system: You are a helpful assistant.
user:
Analyze the provided spectrum to determine if it is a **White Dwarf (WD)**.

A White Dwarf spectrum is defined by its **extreme purity** (due to gravitational settling) and/or **extreme pressure broadening** (due to high surface gravity). You must check for one of the following mutually exclusive signatures:

- **Key Visual Indicators (Check for ONE of these types):**

    - **1. DA-Type Signature (Most Common):**
        - **(Primary Feature):** Extreme pressure broadening (Stark broadening) of the **Hydrogen (H) Balmer lines**.
        - **(Key Lines):** $H\beta$ (approx. $4861$ Å) and $H\gamma$ (approx. $4340$ Å). $H\alpha$ (approx. $6563$ Å) will also be present if the wavelength range covers it.
        - **(Line Profile):** This is the **defining feature**. The lines are **NOT** sharp. They appear as massive, **extremely broad and deep "troughs" or "dips"** in the spectrum, often hundreds of Ångströms wide. The continuum will appear to "scoop" down at these wavelengths.
        - **(Distinction):** Normal A-type or B-type stars have *narrow* and *sharp* Hydrogen lines. A DA White Dwarf's lines are unmistakably "smeared" or "blurry" from pressure.

    - **2. DB-Type Signature:**
        - **(Primary Feature):** Broad absorption lines from **Neutral Helium (He I)**. The spectrum must lack any visible Hydrogen lines.
        - **(Key Lines):** Look for broad absorption near $4471$ Å, $4921$ Å, and $5876$ Å.
        - **(Line Profile):** These lines are also significantly pressure-broadened, appearing much wider than they would in a normal B-type main-sequence star.

    - **3. DC-Type Signature:**
        - **(Primary Feature):** A **featureless continuous spectrum**.
        - **(Line Profile):** The spectrum is a smooth curve with **no significant absorption or emission lines**.
        - **(Key Confirmation):** The continuum is almost always **blue or white**, indicating a hot object. This signature implies the atmosphere is so pure (or so cool) that no spectral lines are visible in the optical range. Its WD identity is confirmed by its extremely low intrinsic brightness (high absolute magnitude).

    - **4. DZ-Type Signature (Metal-Polluted):**
        - **(Primary Feature):** **Isolated, narrow metal absorption lines** on an otherwise featureless (DC-like) continuum.
        - **(Key Lines):** The **Calcium (Ca II) H & K doublet** (approx. **$3934$ Å** and **$3968$ Å**) is the most common and defining feature.
        - **(Line Profile):** These lines are "out of place." They are *not* part of a "forest" of thousands of lines. This signature is evidence of recent *accretion* (pollution) from rocky debris.
        - **(Distinction):** Normal G/K/M stars have a *dense forest* of thousands of metal lines. A DZ has a *clean* continuum with *only a few* strong metal lines.

    - **5. DQ-Type Signature (Carbon-Polluted):**
        - **(Primary Feature):** Absorption bands from **Carbon (C₂ "Swan Bands" or atomic C I)**.
        - **(Key Lines - C₂):** Look for bandheads with a "saw-tooth" shape near $5635$ Å, **$5165$ Å** (strongest), and $4737$ Å.
        - **(Key Confirmation):** The underlying **continuum must be blue or white** (hot).
        - **(Distinction):** This is the critical difference from a **Carbon Star**, which has the *exact same* C₂ bands but on an extremely **red, cool** continuum.

- **(Overall Spectrum):**
    - The continuum (overall shape) is typically **blue-sloping** (brighter in the blue than the red), as most white dwarfs are very hot.
    - The spectrum will look "pure" or "simple," dominated by only *one* of the five signatures listed above.

Think first, call **spectral_visualization_tool** if needed to examine features in detail, then provide your final answer. Your response must adhere to the following strict rules:
1.  **Overall Structure:** Your response must follow the format `<think>...</think> <tool_call>...</tool_call> (if a tool is used) <answer>...</answer>`.
2.  **Tool Usage Constraint:** You may only make **one** tool call per turn.
3.  **Final Answer Format:** In the `<answer>` tag, your conclusion must be inside a `\boxed{}` command (e.g., `\boxed{YES}` or `\boxed{NO}`), followed by your justification.

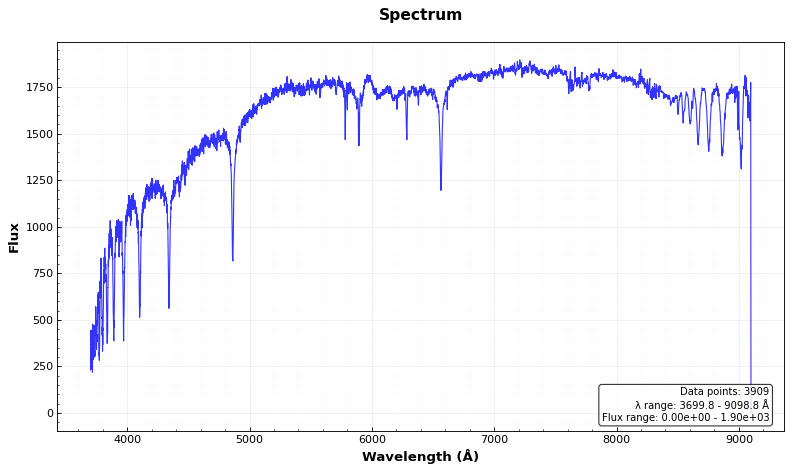
Answer: YES